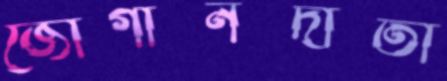
জোগানদাতা